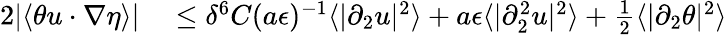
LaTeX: \begin{array}{rl}{2|\langle\theta u\cdot\nabla\eta\rangle|}&{{}\leq\delta^{6}C(a\epsilon)^{-1}\langle|\partial_{2}u|^{2}\rangle+a\epsilon\langle|\partial_{2}^{2}u|^{2}\rangle+\frac{1}{2}\langle|\partial_{2}\theta|^{2}\rangle}\end{array}